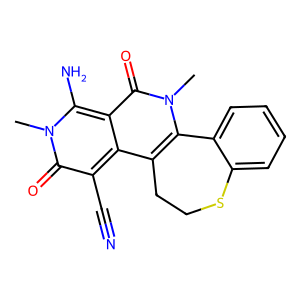
SMILES: Cn1c(N)c2c(=O)n(C)c3c(c2c(C#N)c1=O)CCSc1ccccc1-3
Inhibits HIV replication: No